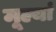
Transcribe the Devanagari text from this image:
मूल्यां